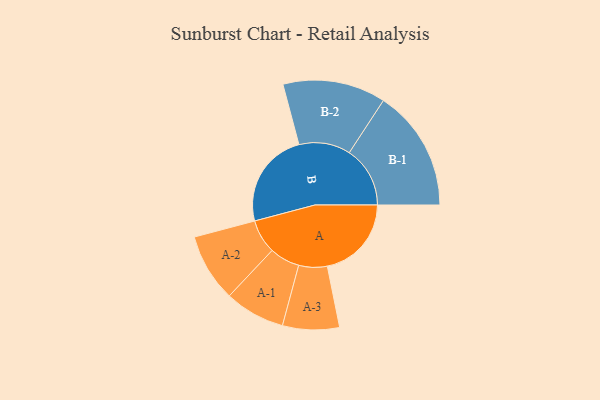
{"axis": {"x": "Segment", "y": "Value"}, "legend": ["", "A", "B"], "data": [{"x": "A", "y": 415, "type": ""}, {"x": "B", "y": 475, "type": ""}, {"x": "A-1", "y": 149, "type": "A"}, {"x": "A-2", "y": 168, "type": "A"}, {"x": "A-3", "y": 140, "type": "A"}, {"x": "B-1", "y": 300, "type": "B"}, {"x": "B-2", "y": 254, "type": "B"}]}